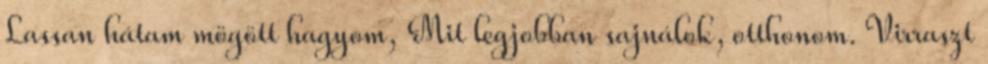
Lassan hátam mögött hagyom, Mit legjobban sajnálok, otthonom. Virraszt